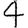
Digit: 4